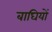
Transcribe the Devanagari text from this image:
बाघियों